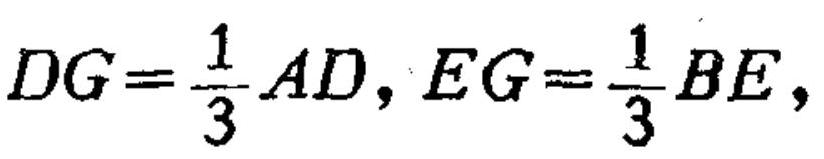
\[
DG = \frac{1}{3}AD, EG = \frac{1}{3}BE,
\]